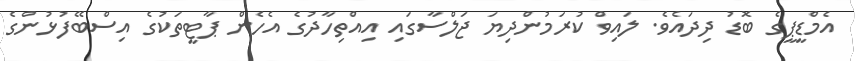
އެމްޑީޕީގެ ބޮޑު ދިދައެވެ. ލައިވް ކުރަމުންދިޔަ ޖަލްސާގައި އިއްތިހާދުގެ އެހެން ޕާޓީތަކުގެ އިސްބޭފުޅުންގެ